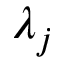
\lambda _ { j }